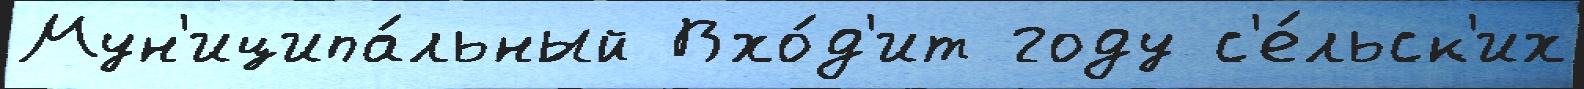
Мун'иципа́льный Вхо́д'ит году с'е́льск'их